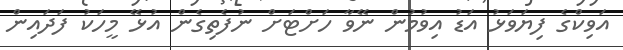
އަވިކްގެ ފިޔަވަޅު އަޑު އިވުމުން ނޭވާ ހަށްޓަށް ނުފެތިގެން އުޅޭ މީހަކު ފަދައިން